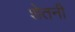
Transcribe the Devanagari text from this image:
शेतनी